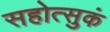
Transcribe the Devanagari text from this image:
सहोत्सुकं